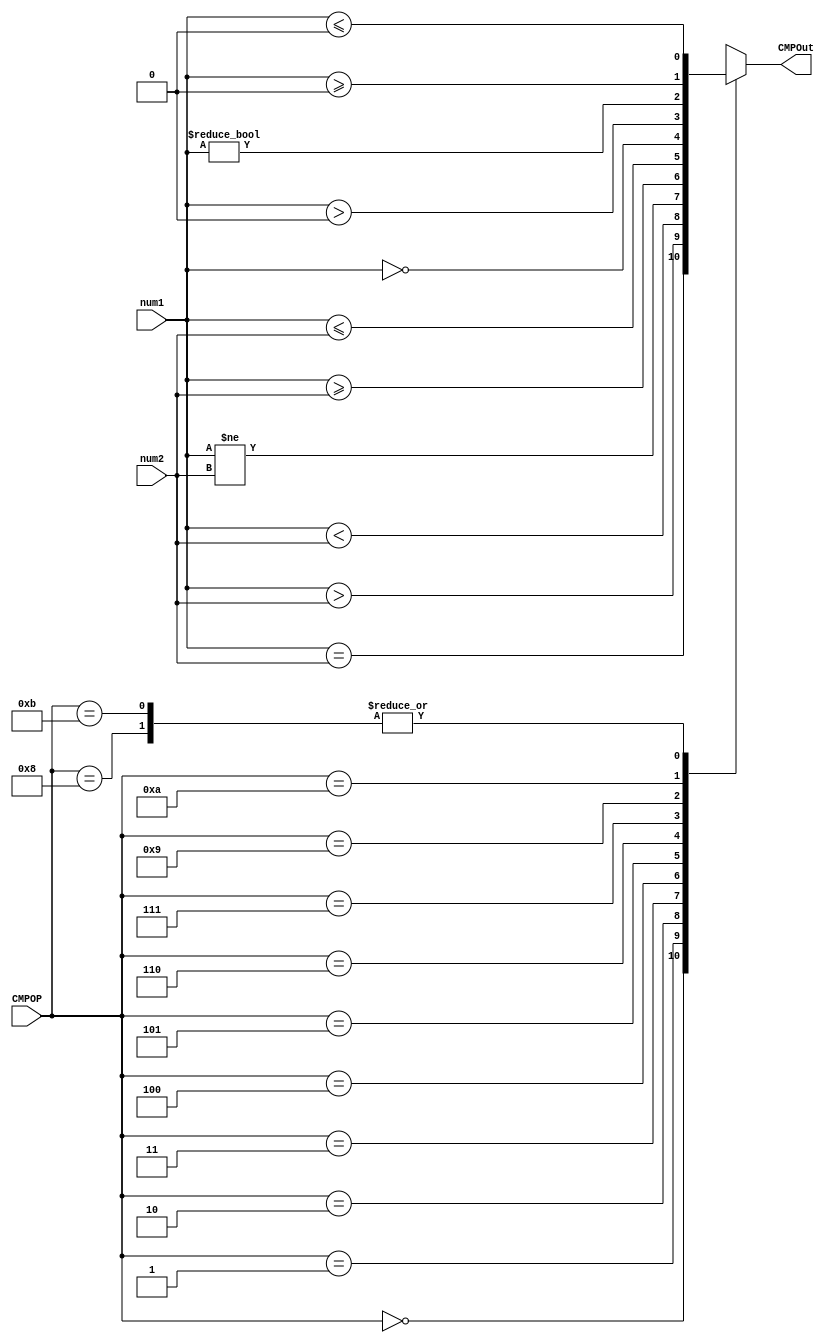
`timescale 1ns / 1ps

module CMP(
	input [31:0] num1,
	input [31:0] num2,
	output reg CMPOut,
	input [3:0] CMPOP
    );

	parameter
	EQ = 0,
	G = 1,
	LT = 2,
	NE = 3,
	GE = 4,
	LE = 5,
	EQZ = 6,
	GTZ = 7,
	LTZ = 8,
	NEZ = 9,
	GEZ = 10,
	LEZ = 11;
	
	always @(*) begin
		case(CMPOP)
			EQ:
				CMPOut = (num1 == num2);
			G:
				CMPOut = ($signed(num1) > $signed(num2));
			LT:
				CMPOut = ($signed(num1) < $signed(num2));
			NE:
				CMPOut = ($signed(num1) != $signed(num2));
			GE:
				CMPOut = ($signed(num1) >= $signed(num2));
			LE:
				CMPOut = ($signed(num1) <= $signed(num2));
			EQZ:
				CMPOut = ($signed(num1) == $signed(32'd0));
			GTZ:
				CMPOut = ($signed(num1) > $signed(32'd0));
			LTZ:
				CMPOut = ($signed(num1) <= $signed(32'd0));
			NEZ:
				CMPOut = ($signed(num1) != $signed(32'd0));
			GEZ:
				CMPOut = ($signed(num1) >= $signed(32'd0));
			LEZ:
				CMPOut = ($signed(num1) <= $signed(32'd0));
			default:
				CMPOut = 1'dx;
		endcase
	end
	
endmodule